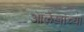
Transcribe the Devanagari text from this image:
आलेखांच्या